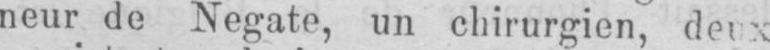
neur de Negate, un chirurgien, deux